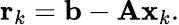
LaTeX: \mathbf{r}_{k}=\mathbf{b}-\mathbf{Ax}_{k}.